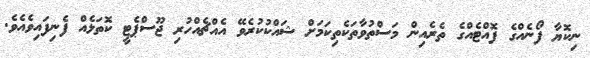
ނިކޮޔާ ފޯނެއްގެ ފޮއްޓެއްގެ ތެރެއިން މަސްތުވާތަކެތިކަމަށް ޝައްކުކުރެވޭ އެއްޗެއްހުރި ޖޫސްޕެޓީ ކޮތަޅެއް ފެނިފައިވެއެވެ.